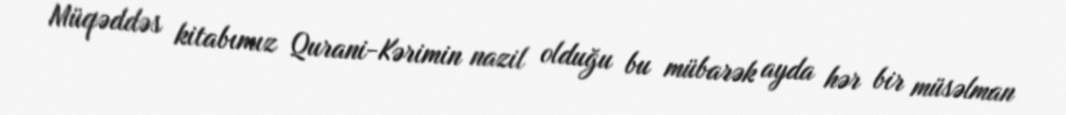
Müqəddəs kitabımız Qurani-Kərimin nazil olduğu bu mübarək ayda hər bir müsəlman